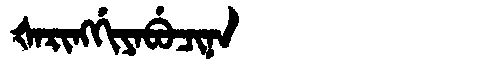
Manchu: ᡧᠠᡵᡳᠩᡤᡳᠶᠠᠪᡠᠴᡳᠨᠠ
Romanization: ŠARINGGIYABUCINA